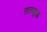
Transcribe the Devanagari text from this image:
सलखुआ